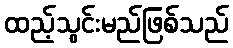
ထည့်သွင်းမည်ဖြစ်သည်